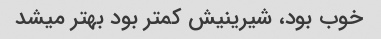
خوب بود، شیرینیش کمتر بود بهتر میشد